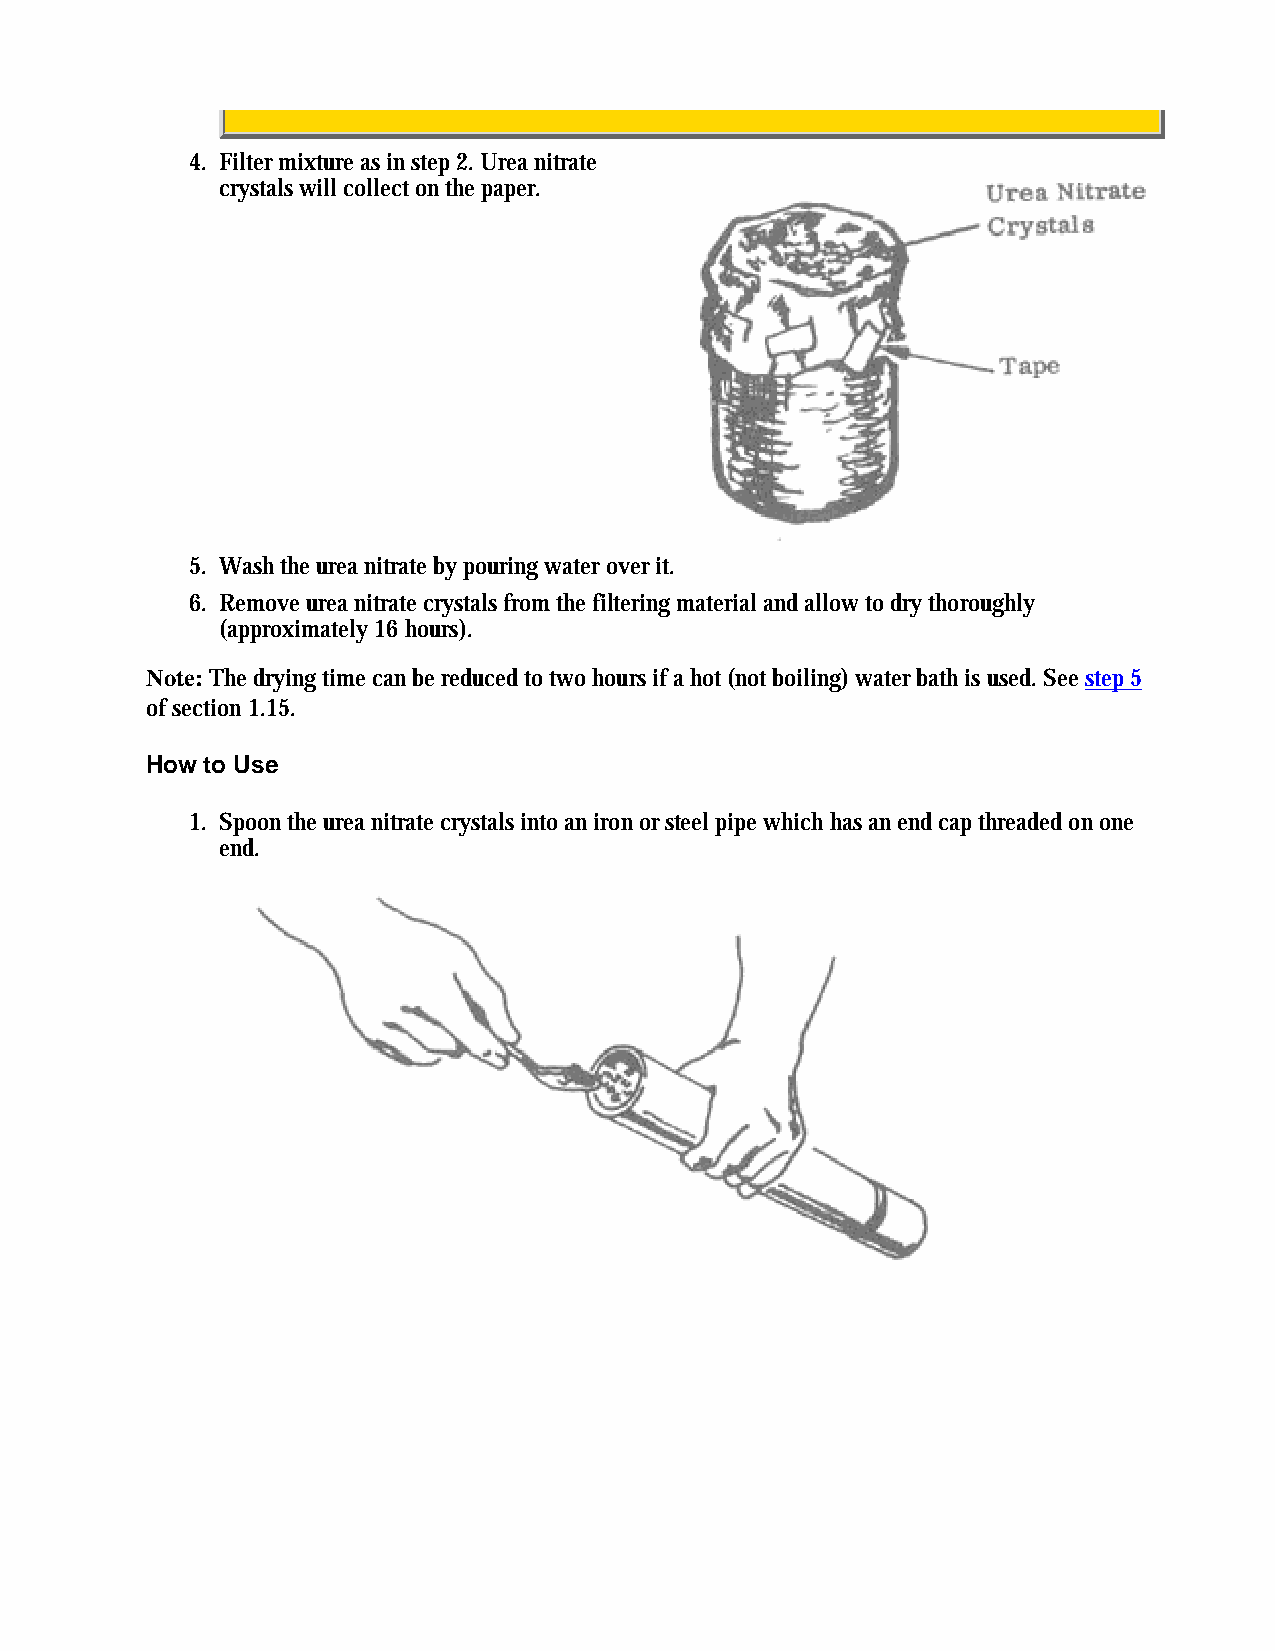
4. Filter mixture as in step 2. Urea nitrate
 crystals will collect on the paper.
 5. Wash the urea nitrate by pouring water over it.
 6. Remove urea nitrate crystals from the filtering material and allow to dry thoroughly
 (approximately 16 hours).
 Note: The drying time can be reduced to two hours if a hot (not boiling) water bath is used. See step 5
 of section 1.15.
 How to Use
 1. Spoon the urea nitrate crystals into an iron or steel pipe which has an end cap threaded on one
 end.